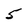
Character: 5